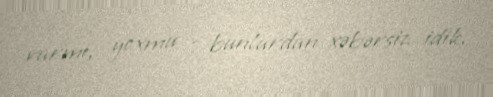
varmı, yoxmu - bunlardan xəbərsiz idik.